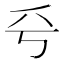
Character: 𠂞